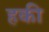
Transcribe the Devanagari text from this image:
हकी